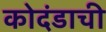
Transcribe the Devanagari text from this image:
कोदंडाची